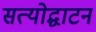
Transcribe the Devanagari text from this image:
सत्योद्घाटन